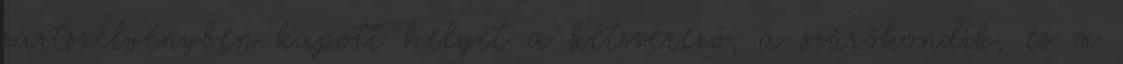
zártszelvényben kapott helyet a kétszerezõ, a szûrõkondik, és a